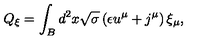
Q _ { \xi } = \int _ { B } d ^ { 2 } x \sqrt { \sigma } \left( \epsilon u ^ { \mu } + j ^ { \mu } \right) \xi _ { \mu } ,